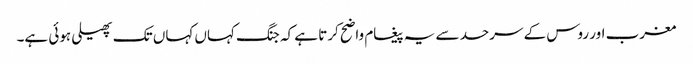
مغرب اور روس کے سرحد سے یہ پیغام واضح کرتا ہے کہ جنگ کہاں کہاں تک پھیلی ہوئی ہے۔